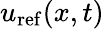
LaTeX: u_{\mathrm{ref}}(x,t)